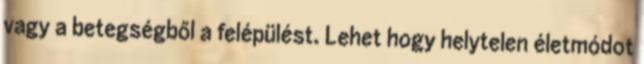
vagy a betegségből a felépülést. Lehet hogy helytelen életmódot